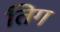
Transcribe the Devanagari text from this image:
तिग